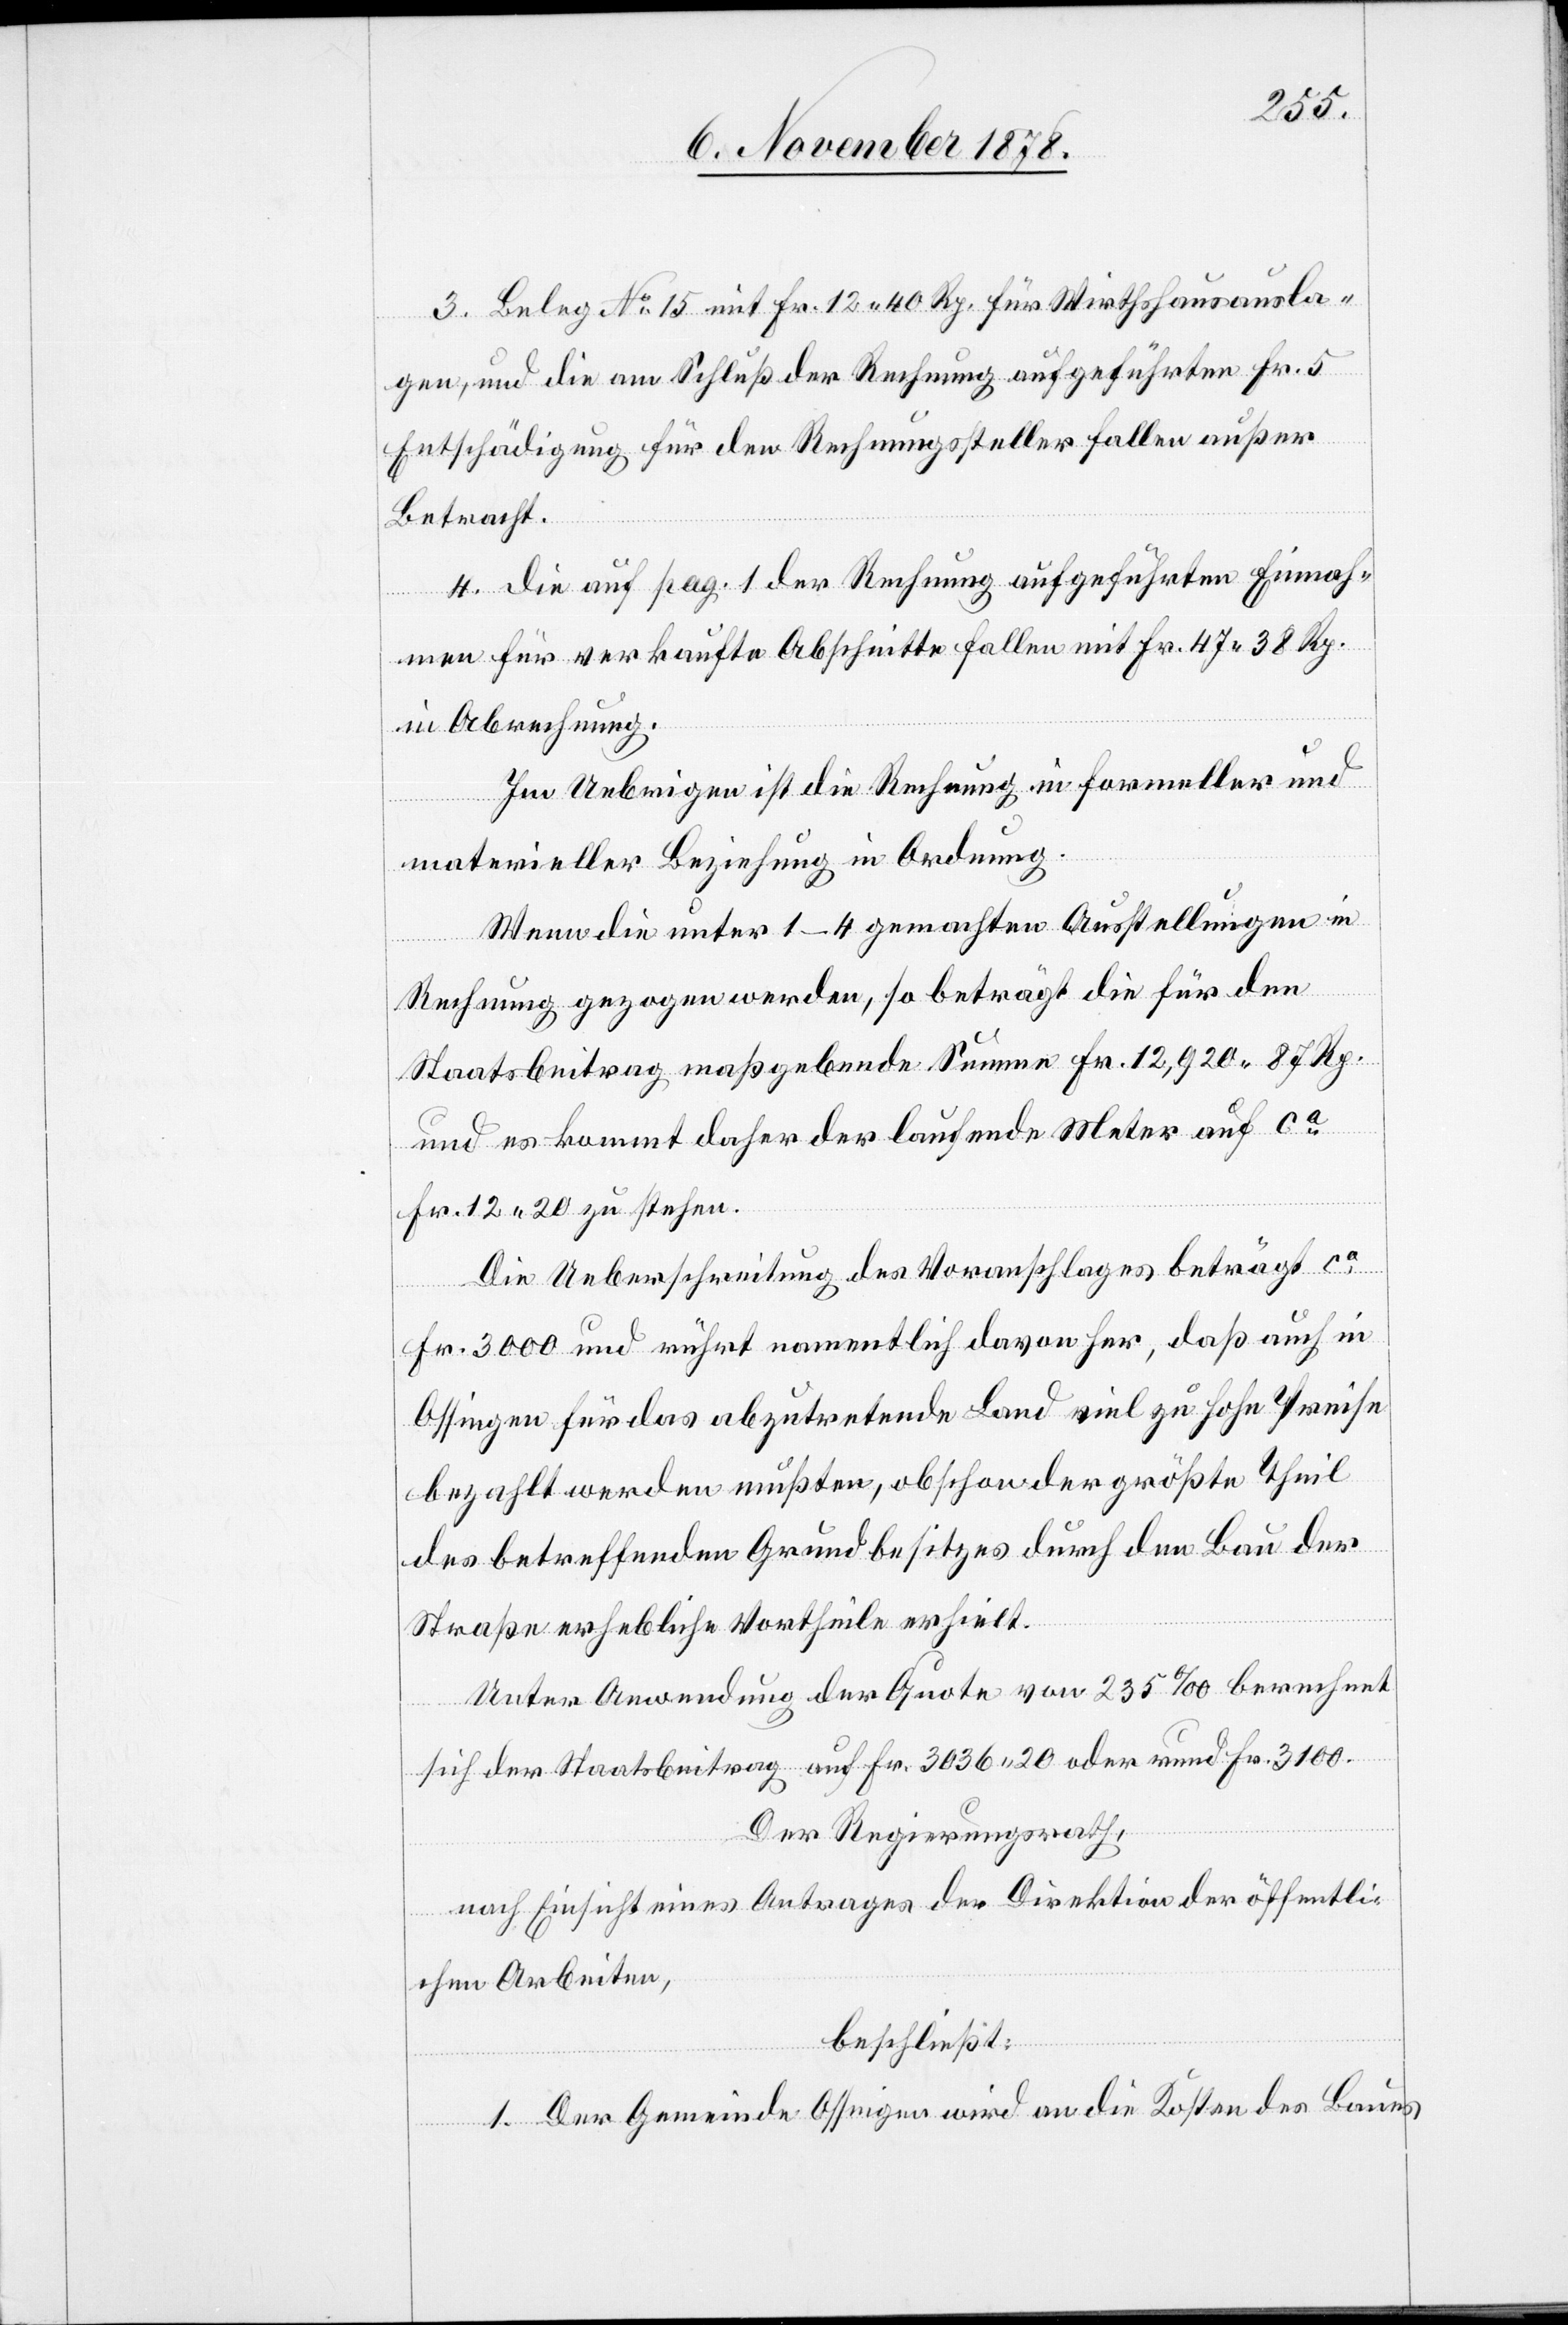
3. Beleg No 15 mit Fr. 12 40 Rp. für Wirthshausausla¬
gen, und die am Schluß der Rechnung aufgeführten Fr. 5
Entschädigung für den Rechnungssteller fallen außer
Betracht.
4. Die auf pag. 1 der Rechnung aufgeführten Einnah¬
men für verkaufte Abschnitte fallen mit Fr. 47 38 Rp.
in Abrechnung.
Im Uebrigen ist die Rechnung in formeller und
materieller Beziehung in Ordnung.
Wenn die unter 1–4 gemachten Ausstellungen in
Rechnung gezogen werden, so beträgt die für den
Staatsbeitrag maßgebende Summe Fr. 12,920 87 Rp.
und es kommt daher der laufende Meter auf ca
Fr. 12 20 zu stehen.
Die Ueberschreitung des Voranschlages beträgt cs
Fr. 3000 und rührt namentlich davon her, daß auch in
Ossingen für das abzutretende Land viel zu hohe Preise
bezahlt werden mußten, obschon der größte Theil
des betreffenden Grundbesitzes durch den Bau der
Straße erhebliche Vortheile erhielt.
Unter Anwendung der Quote von 235‰ berechnet
sich der Staatsbeitrag auf Fr. 3036 20 oder rund Fr. 3100.
Der Regierungsrath,
nach Einsicht eines Antrages der Direktion der öffentli¬
chen Arbeiten,
beschließt:
1. Der Gemeinde Ossingen wird an die Kosten des Baues